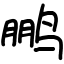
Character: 鹏